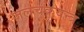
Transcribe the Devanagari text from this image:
जलचक्रयन्त्र